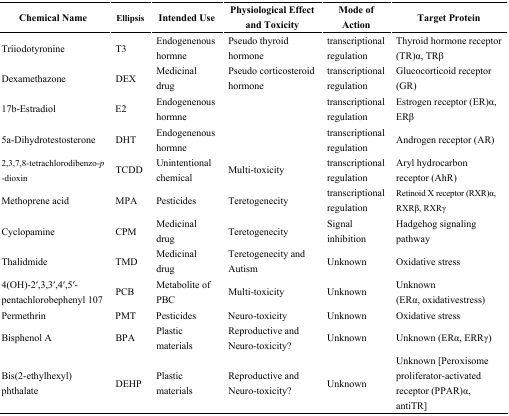
<table><thead><tr><td><b>Chemical Name</b></td><td><b>Ellipsis</b></td><td><b>Intended Use</b></td><td><b>Physiological Effect and Toxicity</b></td><td><b>Mode of Action</b></td><td><b>Target Protein</b></td></tr></thead><tbody><tr><td>Triiodotyronine</td><td>T3</td><td>Endogenenous hormne</td><td>Pseudo thyroid hormone</td><td>transcriptional regulation</td><td>Thyroid hormone receptor (TR)α, TRβ</td></tr><tr><td>Dexamethazone</td><td>DEX</td><td>Medicinal drug</td><td>Pseudo corticosteroid hormone</td><td>transcriptional regulation</td><td>Glucocorticoid receptor (GR)</td></tr><tr><td>17b-Estradiol</td><td>E2</td><td>Endogenenous hormne</td><td></td><td>transcriptional regulation</td><td>Estrogen receptor (ER)α, ERβ</td></tr><tr><td>5a-Dihydrotestosterone</td><td>DHT</td><td>Endogenenous hormne</td><td></td><td>transcriptional regulation</td><td>Androgen receptor (AR)</td></tr><tr><td>2,3,7,8-tetrachlorodibenzo-<i>p</i>-dioxin</td><td>TCDD</td><td>Unintentional chemical</td><td>Multi-toxicity</td><td>transcriptional regulation</td><td>Aryl hydrocarbon receptor (AhR)</td></tr><tr><td>Methoprene acid</td><td>MPA</td><td>Pesticides</td><td>Teretogenecity</td><td>transcriptional regulation</td><td>Retinoid X receptor (RXR)α, RXRβ, RXRγ</td></tr><tr><td>Cyclopamine</td><td>CPM</td><td>Medicinal drug</td><td>Teretogenecity</td><td>Signal inhibition</td><td>Hadgehog signaling pathway</td></tr><tr><td>Thalidmide</td><td>TMD</td><td>Medicinal drug</td><td>Teretogenecity and Autism</td><td>Unknown</td><td>Oxidative stress</td></tr><tr><td>4(OH)-2′,3,3′,4′,5′-pentachlorobephenyl 107</td><td>PCB</td><td>Metabolite of PBC</td><td>Multi-toxicity</td><td>Unknown</td><td>Unknown (ERα, oxidativestress)</td></tr><tr><td>Permethrin</td><td>PMT</td><td>Pesticides</td><td>Neuro-toxicity</td><td>Unknown</td><td>Oxidative stress</td></tr><tr><td>Bisphenol A</td><td>BPA</td><td>Plastic materials</td><td>Reproductive and Neuro-toxicity?</td><td>Unknown</td><td>Unknown (ERα, ERRγ)</td></tr><tr><td>Bis(2-ethylhexyl) phthalate</td><td>DEHP</td><td>Plastic materials</td><td>Reproductive and Neuro-toxicity?</td><td>Unknown</td><td>Unknown [Peroxisome proliferator-activated receptor (PPAR)α, antiTR]</td></tr></tbody></table>